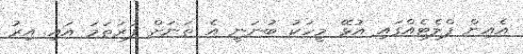
އެއިން ފްލެޓެއްގައި އުޅޭ މީހަކު ބުނަނީ އެ ތަނަށް ފުރަތަމަ އައި އިރު